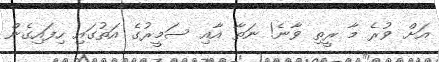
އަށް ވުރެ މާ ރީތި ވާނެ! ނަތާ އާއި ސަމީރުގެ އަތުގައި ހިފައިގެން